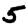
Digit: 5